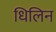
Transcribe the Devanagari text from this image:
धिलिन